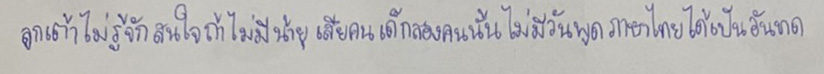
ลูกเต้าไม่รู้จักสนใจถ้าไม่มีน้ายุเสียคนเด็กสองคนนั้นไม่มีวันพูดภาษาไทยได้เป็นอันขาด